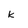
Character: k